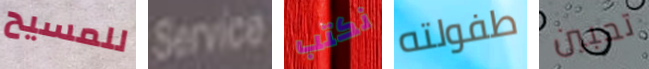
للمسيح Service نكتب طفولته تحبين